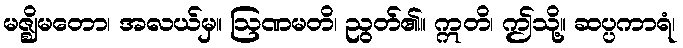
မဇ္ဈိမတော၊ အလယ်မှ။ ဩဏမတိ၊ ညွတ်၏။ ဣတိ၊ ဤသို့။ ဆပ္ပကာရံ၊